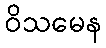
ဝိသမေန